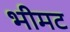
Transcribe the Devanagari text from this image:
भीमट